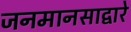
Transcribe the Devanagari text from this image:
जनमानसाद्वारे